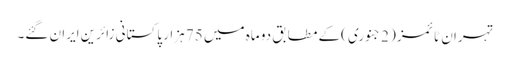
تہران ٹائمز ( 2 جنوری )کے مطابق دو ماہ میں 75 ہزار پاکستانی زائرین ایران گئے۔